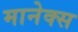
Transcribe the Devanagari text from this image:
मानेक्स